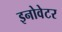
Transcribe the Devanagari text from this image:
इनोवेटर